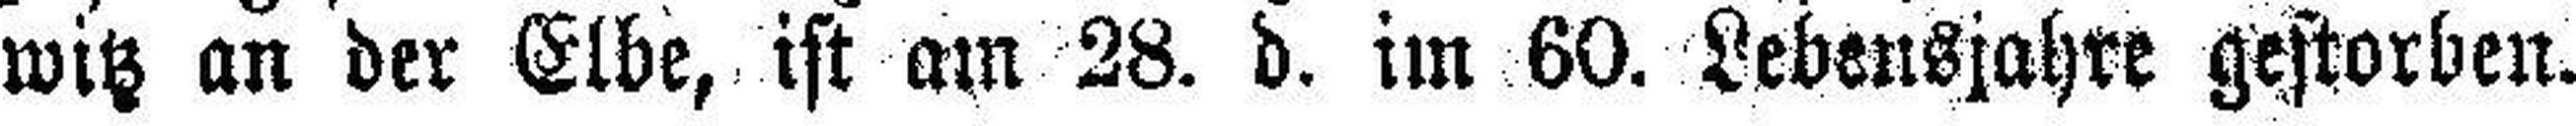
witz an der Elbe, ist am 28. d. im 60. Lebensjahre gestorben.